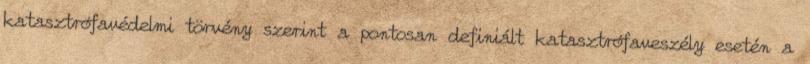
katasztrófavédelmi törvény szerint a pontosan definiált katasztrófaveszély esetén a